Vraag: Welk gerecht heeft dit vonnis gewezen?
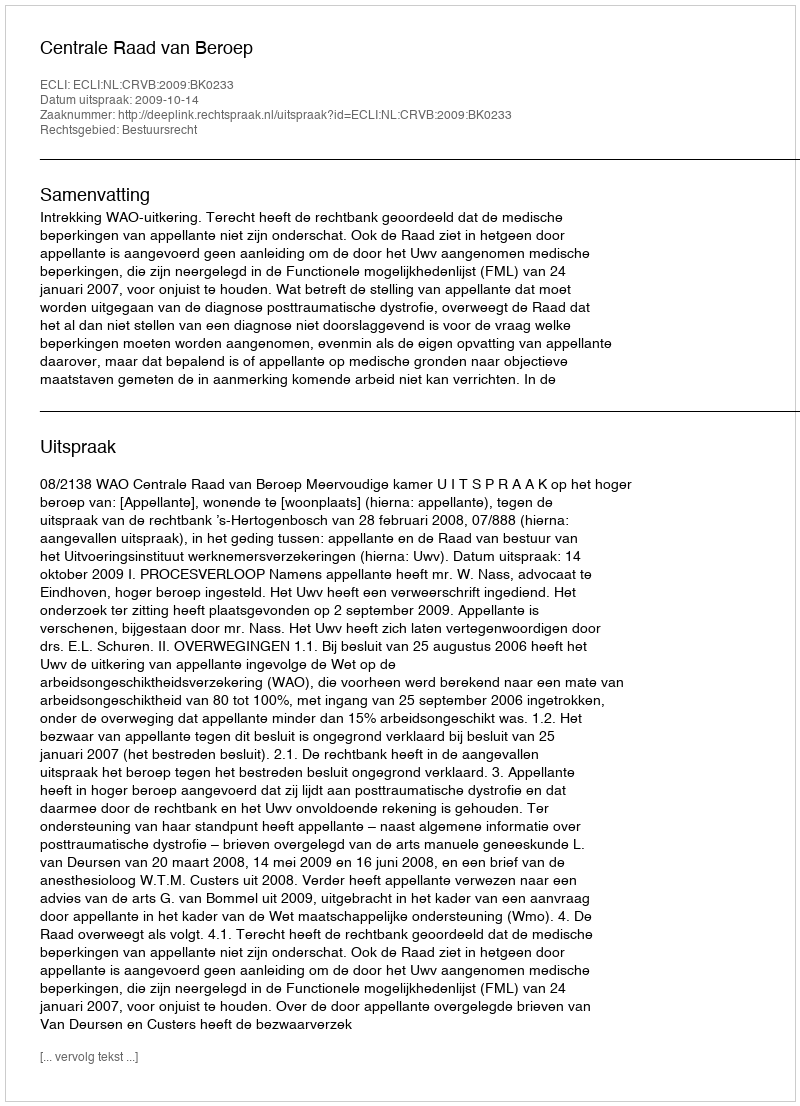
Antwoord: Centrale Raad van Beroep